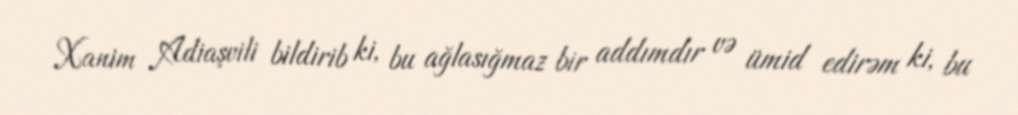
Xanim Adiaşvili bildirib ki, bu ağlasığmaz bir addımdır və ümid edirəm ki, bu